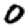
Digit: 0